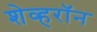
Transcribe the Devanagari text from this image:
शेव्हरॉन